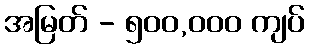
အမြတ် - ၅၀၀,၀၀၀ ကျပ်